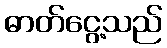
ဓာတ်ငွေ့သည်